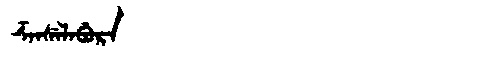
Manchu: ᡯᠠᠨᠰᡝᠯᠠᠪᡠᡵᠠ
Romanization: DZANSELABURA